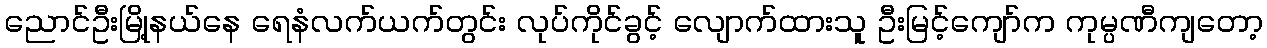
ညောင်ဦးမြို့နယ်နေ ရေနံလက်ယက်တွင်း လုပ်ကိုင်ခွင့် လျောက်ထားသူ ဦးမြင့်ကျော်က ကုမ္ပဏီကျတော့